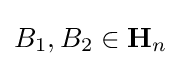
B_{1},B_{2}\in \mathbf {H} _{n}